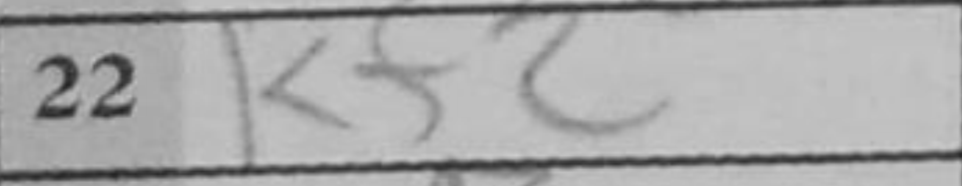
Transcription: Kf2